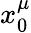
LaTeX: x_{0}^{\mu}